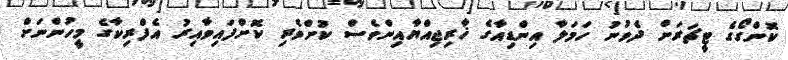
ކޮންގޯގެ ޓީޗަރަށް ދެވުނު ހަމަލާ އިންޑިއާގެ ޚާރިޖިއްޔާއިންވެސް ކުށްވެރި ކޮށްފައިވާއިރު އެފްރިކާގެ މީހުންނަށް